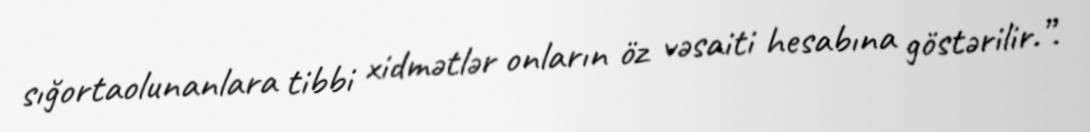
sığortaolunanlara tibbi xidmətlər onların öz vəsaiti hesabına göstərilir.”.